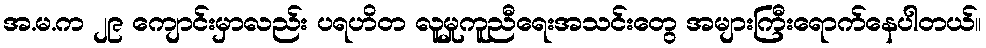
အ.မ.က ၂၉ ကျောင်းမှာလည်း ပရဟိတ လူမှုကူညီရေးအသင်းတွေ အများကြီးရောက်နေပါတယ်။